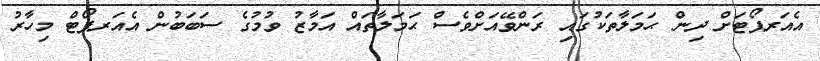
އެއަރޕޯޓަށް ދިން ޙަމަލާތަކުގައި ރަންވޭއަށްވެސް ޙަމަލާތައް އަމާޒު ވުމުގެ ސަބަބުން އެއަރޕޯޓް މިހާރު